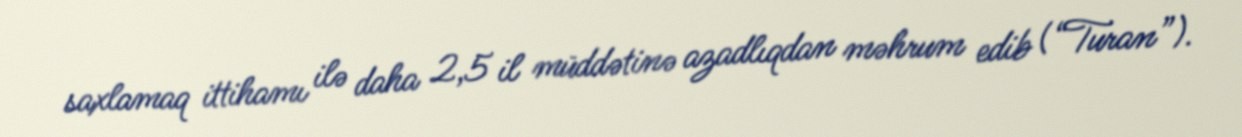
saxlamaq ittihamı ilə daha 2,5 il müddətinə azadlıqdan məhrum edib (“Turan”).